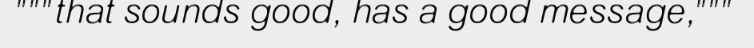
"""that sounds good, has a good message,"""